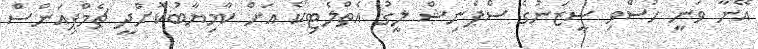
އޭނާ ވަނީ ހުސްވި ސީޒަނުގެ ސްޕެނިޝް ލީގު އެތްލެޓިކޯ އަށް ކާމިޔާބުކޮށްދީ ޗެމްޕިއަންސް